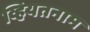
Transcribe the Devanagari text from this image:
व्हियतनाम